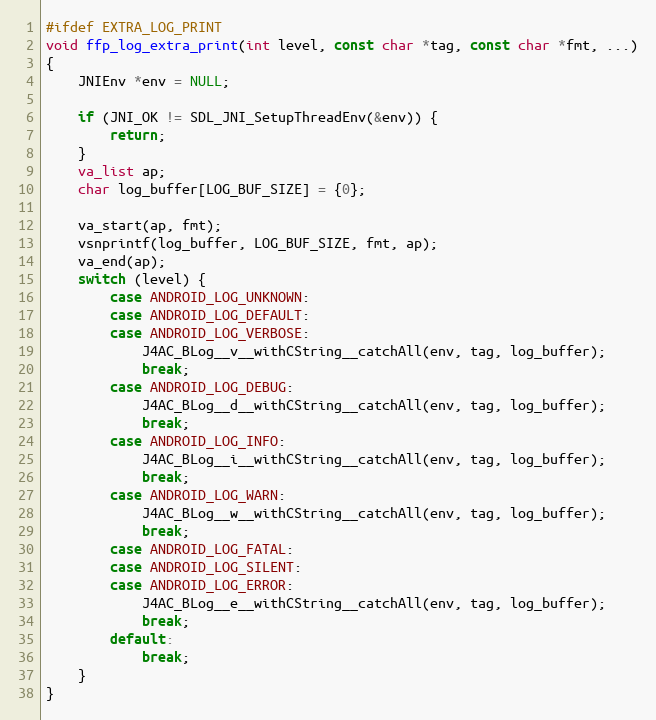
Language: C
#ifdef EXTRA_LOG_PRINT
void ffp_log_extra_print(int level, const char *tag, const char *fmt, ...)
{
    JNIEnv *env = NULL;

    if (JNI_OK != SDL_JNI_SetupThreadEnv(&env)) {
        return;
    }
    va_list ap;
    char log_buffer[LOG_BUF_SIZE] = {0};

    va_start(ap, fmt);
    vsnprintf(log_buffer, LOG_BUF_SIZE, fmt, ap);
    va_end(ap);
    switch (level) {
        case ANDROID_LOG_UNKNOWN:
        case ANDROID_LOG_DEFAULT:
        case ANDROID_LOG_VERBOSE:
            J4AC_BLog__v__withCString__catchAll(env, tag, log_buffer);
            break;
        case ANDROID_LOG_DEBUG:
            J4AC_BLog__d__withCString__catchAll(env, tag, log_buffer);
            break;
        case ANDROID_LOG_INFO:
            J4AC_BLog__i__withCString__catchAll(env, tag, log_buffer);
            break;
        case ANDROID_LOG_WARN:
            J4AC_BLog__w__withCString__catchAll(env, tag, log_buffer);
            break;
        case ANDROID_LOG_FATAL:
        case ANDROID_LOG_SILENT:
        case ANDROID_LOG_ERROR:
            J4AC_BLog__e__withCString__catchAll(env, tag, log_buffer);
            break;
        default:
            break;
    }
}